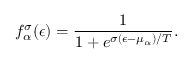
f _ { \alpha } ^ { \sigma } ( \epsilon ) = \frac { 1 } { 1 + e ^ { \sigma ( \epsilon - \mu _ { \alpha } ) / T } } .